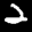
Label: 2